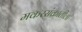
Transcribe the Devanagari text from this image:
मकरसंक्रातीला